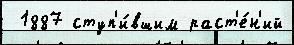
 1887 ступ'и́вшим раст'е́н'ий